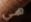
هي